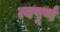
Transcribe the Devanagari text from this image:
त्वपूर्ण